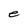
Character: e